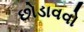
છોડાવવો